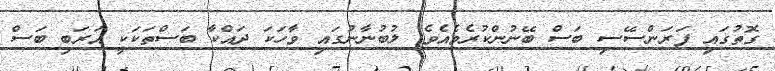
ގޮތުގައި ފަރަންސޭސި ބަސް ބޭނުންކުރެވެއެވެ. ލުބުނާނުގައި ވާހަކަ ދައްކާ ބަސްތަކަކީ އަރަބި ބަސް